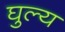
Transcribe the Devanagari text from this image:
घुल्य